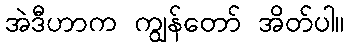
အဲဒီဟာက ကျွန်တော် အိတ်ပါ။